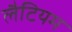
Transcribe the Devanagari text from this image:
लैटियम